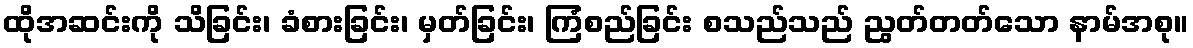
ထိုအဆင်းကို သိခြင်း၊ ခံစားခြင်း၊ မှတ်ခြင်း၊ ကြံစည်ခြင်း စသည်သည် ညွတ်တတ်သော နာမ်အစု။